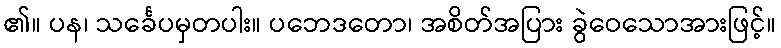
၏။ ပန၊ သင်္ခေပမှတပါး။ ပဘေဒတော၊ အစိတ်အပြား ခွဲဝေသောအားဖြင့်။